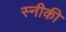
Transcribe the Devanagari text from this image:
स्नीकी